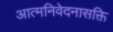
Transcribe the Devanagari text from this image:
आत्मनिवेदनासक्ति